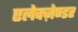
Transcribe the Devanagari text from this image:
एलेक्ज़ेण्डर